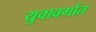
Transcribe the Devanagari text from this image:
युवावर्गात